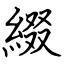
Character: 綴